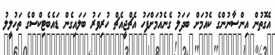
އެގޮތުން އިންސާނުންގެ ކެއުމަށް ބަދަލު ގެނެއުމަށްފަހު އެޗްޖީއެޗް ހުރިވަރު ބަލައިގެން ޑައެބެޓިކްސްގެ ތަހުލީލު